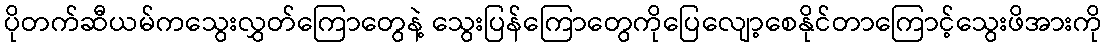
ပိုတက်ဆီယမ်ကသွေးလွှတ်ကြောတွေနဲ့ သွေးပြန်ကြောတွေကိုပြေလျော့စေနိုင်တာကြောင့်သွေးဖိအားကို